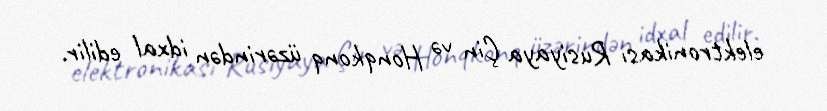
elektronikası Rusiyaya Çin və Honqkonq üzərindən idxal edilir.